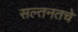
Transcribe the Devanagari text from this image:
सल्तनतचे